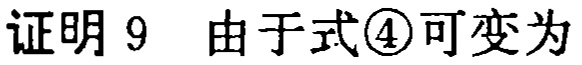
证明 9  由于式\textcircled{4}可变为